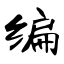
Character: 编